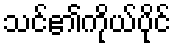
သင်၏ကိုယ်ပိုင်